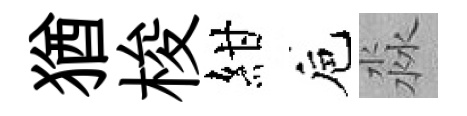
猶梭紺巵淼